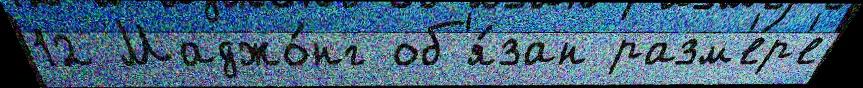
12 Маджо́нг об'я́зан разм'е́р'е